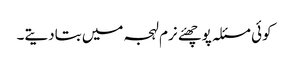
کوئی مسئلہ پوچھئے نرم لہجہ میں بتادیتے۔